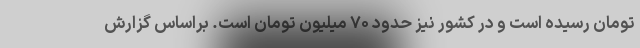
تومان رسیده است و در کشور نیز حدود ۷۰ میلیون تومان است. براساس گزارش